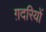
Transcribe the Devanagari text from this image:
ग़दरियों